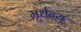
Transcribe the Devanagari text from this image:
मुर्धन्य